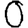
Digit: 0